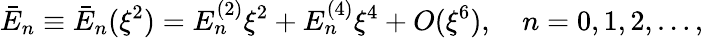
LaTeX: \bar{E}_{n}\equiv\bar{E}_{n}(\xi^{2})=E_{n}^{(2)}\xi^{2}+E_{n}^{(4)}\xi^{4}+O(\xi^{6}),\quad n=0,1,2,\dots,